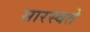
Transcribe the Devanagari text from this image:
सारस्वते